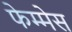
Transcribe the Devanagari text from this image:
फेम्मेस